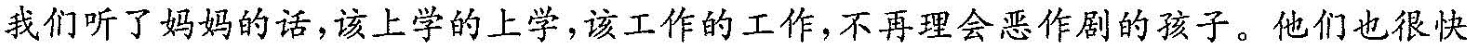
我们听了妈妈的话，该上学的上学，该工作的工作，不再理会恶作剧的孩子。他们也很快